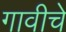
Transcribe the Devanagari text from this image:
गावीचे